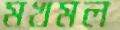
মখমল